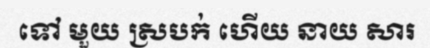
ទៅ មួយ ស្របក់ ហើយ នាយ សារ